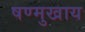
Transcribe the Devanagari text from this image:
षण्मुखाय